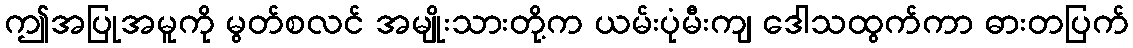
ဤအပြုအမူကို မွတ်စလင် အမျိုးသားတို့က ယမ်းပုံမီးကျ ဒေါသထွက်ကာ ဓားတပြက်